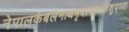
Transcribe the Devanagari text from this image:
नेपालकंबलेनाथमृदाचाथविशुद्ध्या